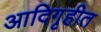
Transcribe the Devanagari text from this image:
आदिगृहीत